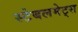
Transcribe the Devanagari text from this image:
स्टेबलमेट्स